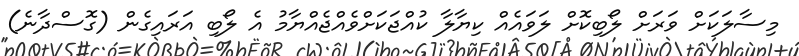
މިސާލަކަށް ވަރަށް ލޯބިކޮށް ލަވައެއް ކިޔާލާ ކުއްޖަކަށްވެއްޖެއްޔާމު އެ ލޯބި އަރައިގެން (ގޮސްދާނެ)